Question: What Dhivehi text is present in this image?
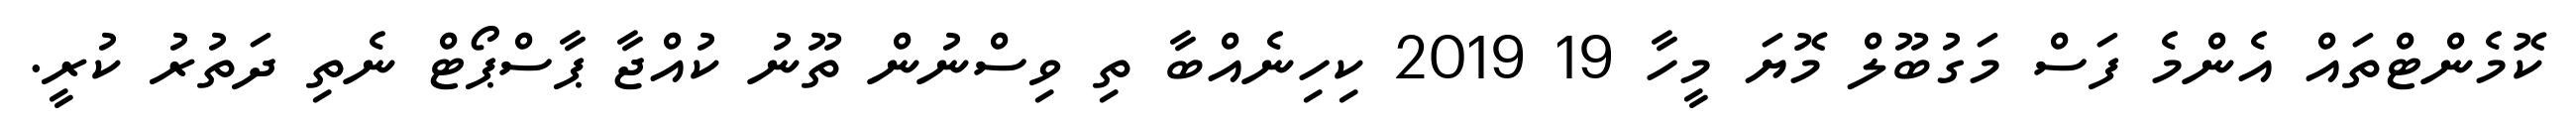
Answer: ކޮމެންޓްތައް އެންމެ ފަސް މަގުބޫލް މޮޔަ މީހާ 19 2019 ކިހިނެއްބާ ތި ވިސްނުން ތޫނު ކުއްޖާ ޕާސްޕޯޓް ނެތި ދަތުރު ކުރީ.